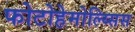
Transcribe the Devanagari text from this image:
फोटोहेमोल्य्सिस